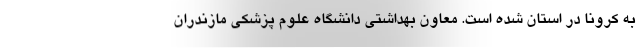
به کرونا در استان شده است. معاون بهداشتی دانشگاه علوم پزشکی مازندران